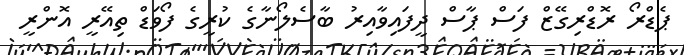
ޕެޑްރޯ ރޮޑްރިގޭޒް ފަސް ޕާސް ދީފައިވާއިރު ބާސެލޯނާގެ ކުރީގެ ފޯވަޑް ތިއޭރީ އޮންރީ